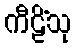
ကီဠိံသု